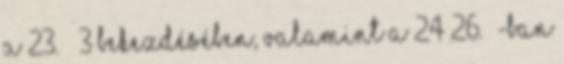
a 23. § 3 bekezdésében, valamint a 24–26. §-ban